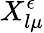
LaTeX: X_{l\mu}^{\epsilon}